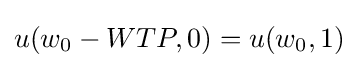
u(w_{0}-WTP,0)=u(w_{0},1)